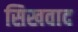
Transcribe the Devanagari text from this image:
सिखवाद